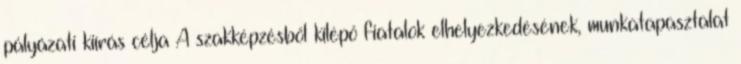
pályázati kiírás célja A szakképzésből kilépő fiatalok elhelyezkedésének, munkatapasztalat